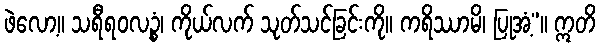
ဖဲလော့။ သရီရဝလဉ္စံ၊ ကိုယ်လက် သုတ်သင်ခြင်းကို။ ကရိဿာမိ၊ ပြုအံ့”။ ဣတိ